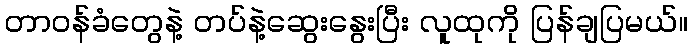
တာဝန်ခံတွေနဲ့ တပ်နဲ့ဆွေးနွေးပြီး လူထုကို ပြန်ချပြမယ်။